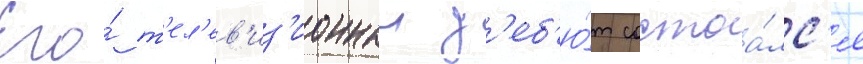
Его́ т'ел'ев'из'ионныи д'еб'ю́т состоа́лс'я